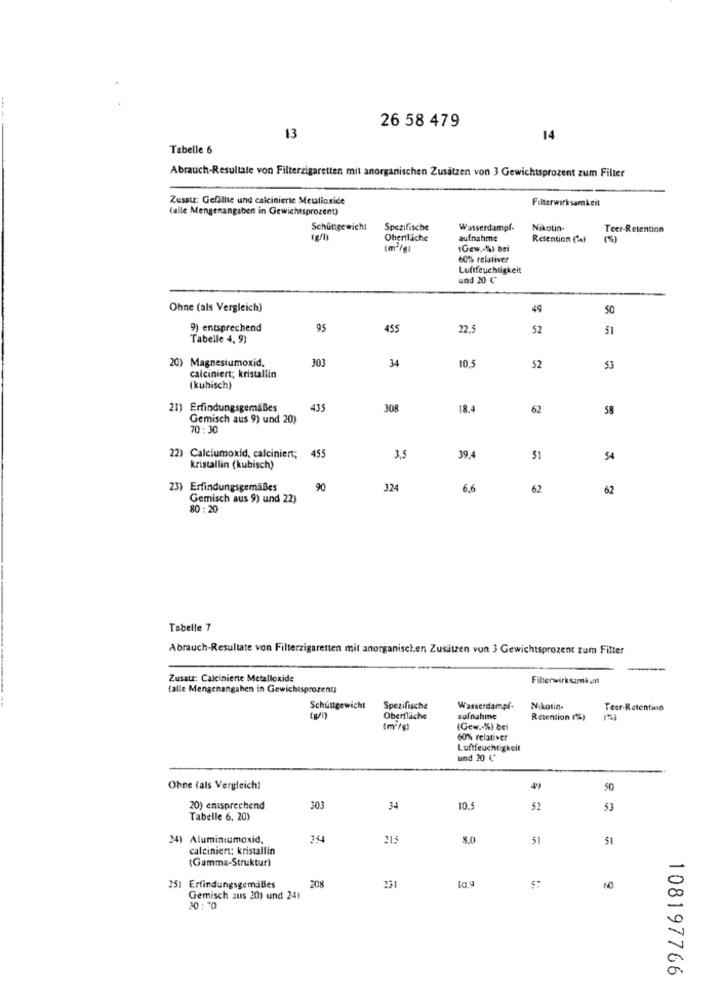
26 58 479
13
14
Tabelle 6
Abrauch-Resultale von Filterzigaretten mit anorganischen Zusätzen von 3 Gewichtsprozent zum Filter
Zusatz: Gefällte und calcinierte Metalloxide
Filterwirksamkeit
(alle Mengenangaben in Gewichtsprozent)
Schuttgewicht
Spezifische
Wasserdampf-
Nikotin-
Teer-Retention
Oberfläche
aufnahme
Retention (A)
1m2/41
(Gew .- '%) bei
60% relativer
Luftfeuchtigkeit
und 20 ℃
Ohne (als Vergleich)
49
SO
9) entsprechend
95
455
22,5
52
51
Tabelle 4, 9)
20) Magnesiumoxid.
303
34
10,5
52
53
calciniert; kristallin
(kubisch)
21) Erfindungsgemäßes
435
308
18.4
62
58
Gemisch aus 9) und 20)
70:30
455
22) Calciumoxid, calciniert;
3,5
39,4
51
54
kristallin (kubisch)
23) Erfindungsgemäßes
90
324
6.6
62
62
Gemisch aus 9) und 22)
80 : 20
Tabelle 7
Abrauch-Resultate von Filterzigaretten mit anorganisch.en Zusätzen von 3 Gewichtsprozent zum Filter
Zusatz: Calciniente Metalloxide
Filterwirksamkeit
talle Mengenangahen in Gewichtsprozent)
Schuttgewicht
Spezifische
Wasserdampf-
Nikotin-
Teer-Retention
Oberfläche
aufnahme
Retention (%)
(m /s
(Gew .. %) bei
60% relativer
Luftfeuchtigkeit
und 20 (*
Ohne (als Vergleich)
50
20) entsprechend
303
34
10.5
52
53
Tabelle 6, 20)
24) Aluminiumoxid,
354
215
8.0
51
51
calciniers; kristallin
(Gamma-Struktur)
251 ErfindungsgemaBes
208
231
60
Gemisch aus 20) und 241
30 : 70
108197766